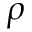
\rho